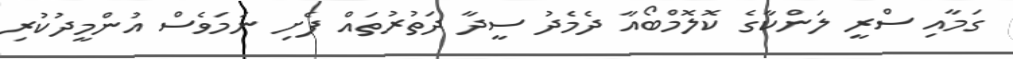
ގަމާއި ސްރީ ލަންކާގެ ކޮލޮމްބޯއާ ދެމެދު ސީދާ ދަތުރުތައް ފެށި ނަމަވެސް އުންމީދުކުރި